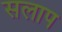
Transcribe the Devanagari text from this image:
सलाप